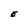
Character: E